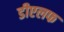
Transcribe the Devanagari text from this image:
डीएलफ